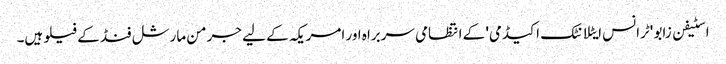
اسٹیفن زابو 'ٹرانس ایٹلانٹک اکیڈمی' کے انتظامی سربراہ اور امریکہ کے لیے جرمن مارشل فنڈ کے فیلو ہیں۔